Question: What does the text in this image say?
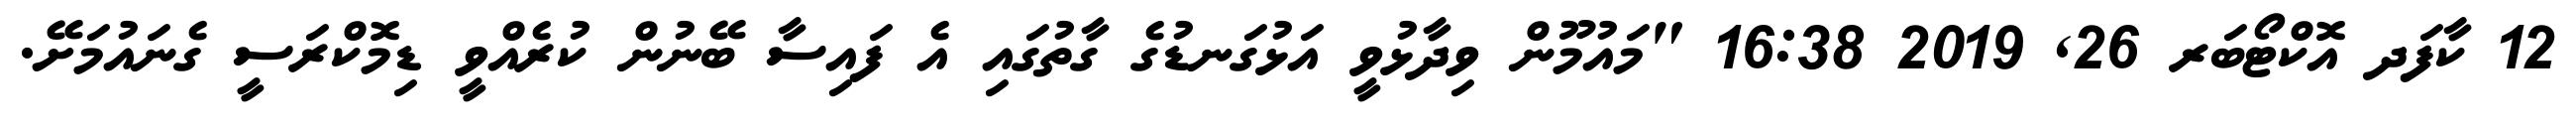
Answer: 12 ކާފަދ އޮކްޓޯބަރ 26, 2019 16:38 "މައުމޫން ވިދާޅުވީ އަޅުގަނޑުގެ ގާތުގައި އެ ފައިސާ ބޭނުން ކުރެއްވީ ޑިމޮކްރަސީ ގެނައުމަށޭ.